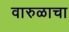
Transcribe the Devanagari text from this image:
वारुळाचा